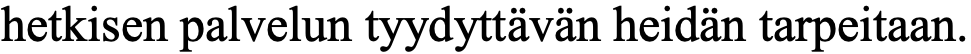
hetkisen palvelun tyydyttävän heidän tarpeitaan.